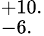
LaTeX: ^{+10.}_{-6.}